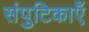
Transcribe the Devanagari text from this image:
संपुटिकाएँ